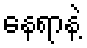
နေရာနဲ့